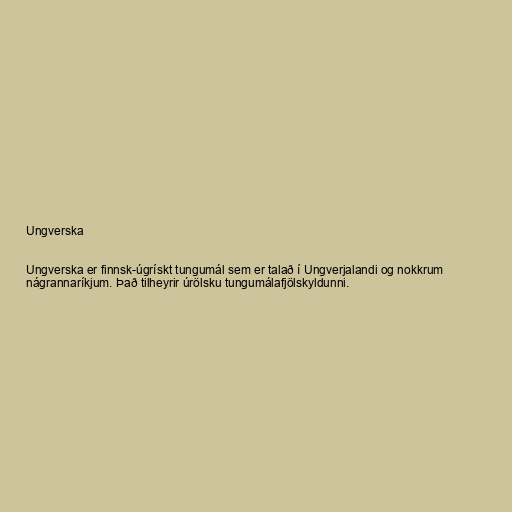
Ungverska

Ungverska er finnsk-úgrískt tungumál sem er talað í Ungverjalandi og nokkrum
nágrannaríkjum. Það tilheyrir úrölsku tungumálafjölskyldunni.